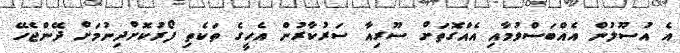
އެ އުސޫލުން އެއްބަސްވުމާއި އެއްގޮތަށް ސޫރިއާ ސަރުކާރުން އެހީގެ ތަކެތި ފޯރުކޮށްދިނުމަށް ދޭންޖެހޭ